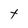
Character: t